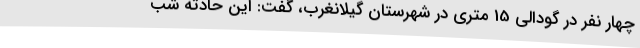
چهار نفر در گودالی 15 متری در شهرستان گیلانغرب، گفت: این حادثه شب